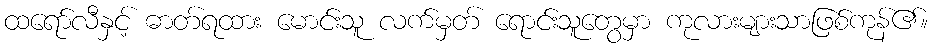
ထရော်လီနှင့် ဓာတ်ရထား မောင်းသူ လက်မှတ် ရောင်းသူတွေမှာ ကုလားများသာဖြစ်ကုန်၏။